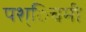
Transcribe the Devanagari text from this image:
पश्िचमी